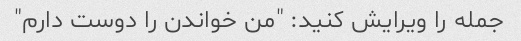
جمله را ویرایش کنید: "من خواندن را دوست دارم"